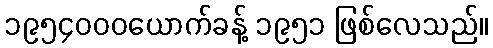
၁၉၅၄၀၀၀ယောက်ခန့် ၁၉၅၁ ဖြစ်လေသည်။